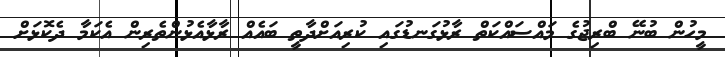
މީހުން ބުނޭ ބްރިޖުގެ މައްސައްކަތް ރާޅުގަނޑުގައި ކުރިއަށްދާތީ ބައެއް ރާޅާއެޅުންތެރިން އެކަމާ ދެކޮޅަށް